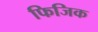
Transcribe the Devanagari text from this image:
फिजिक